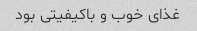
غذای خوب و باکیفیتی بود